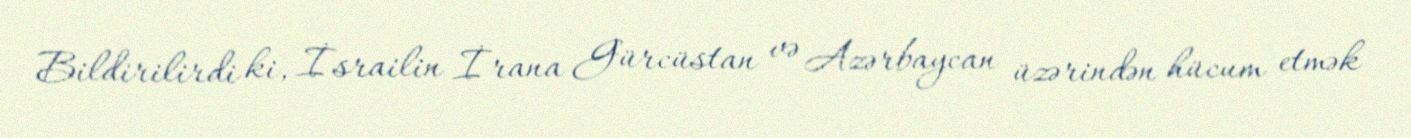
Bildirilirdi ki, İsrailin İrana Gürcüstan və Azərbaycan üzərindən hücum etmək